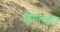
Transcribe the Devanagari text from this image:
कैमोफ़्लाज